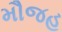
મૌજહ